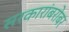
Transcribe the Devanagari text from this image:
सरकारांबरोबर